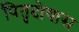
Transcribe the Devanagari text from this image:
पितृदोषास